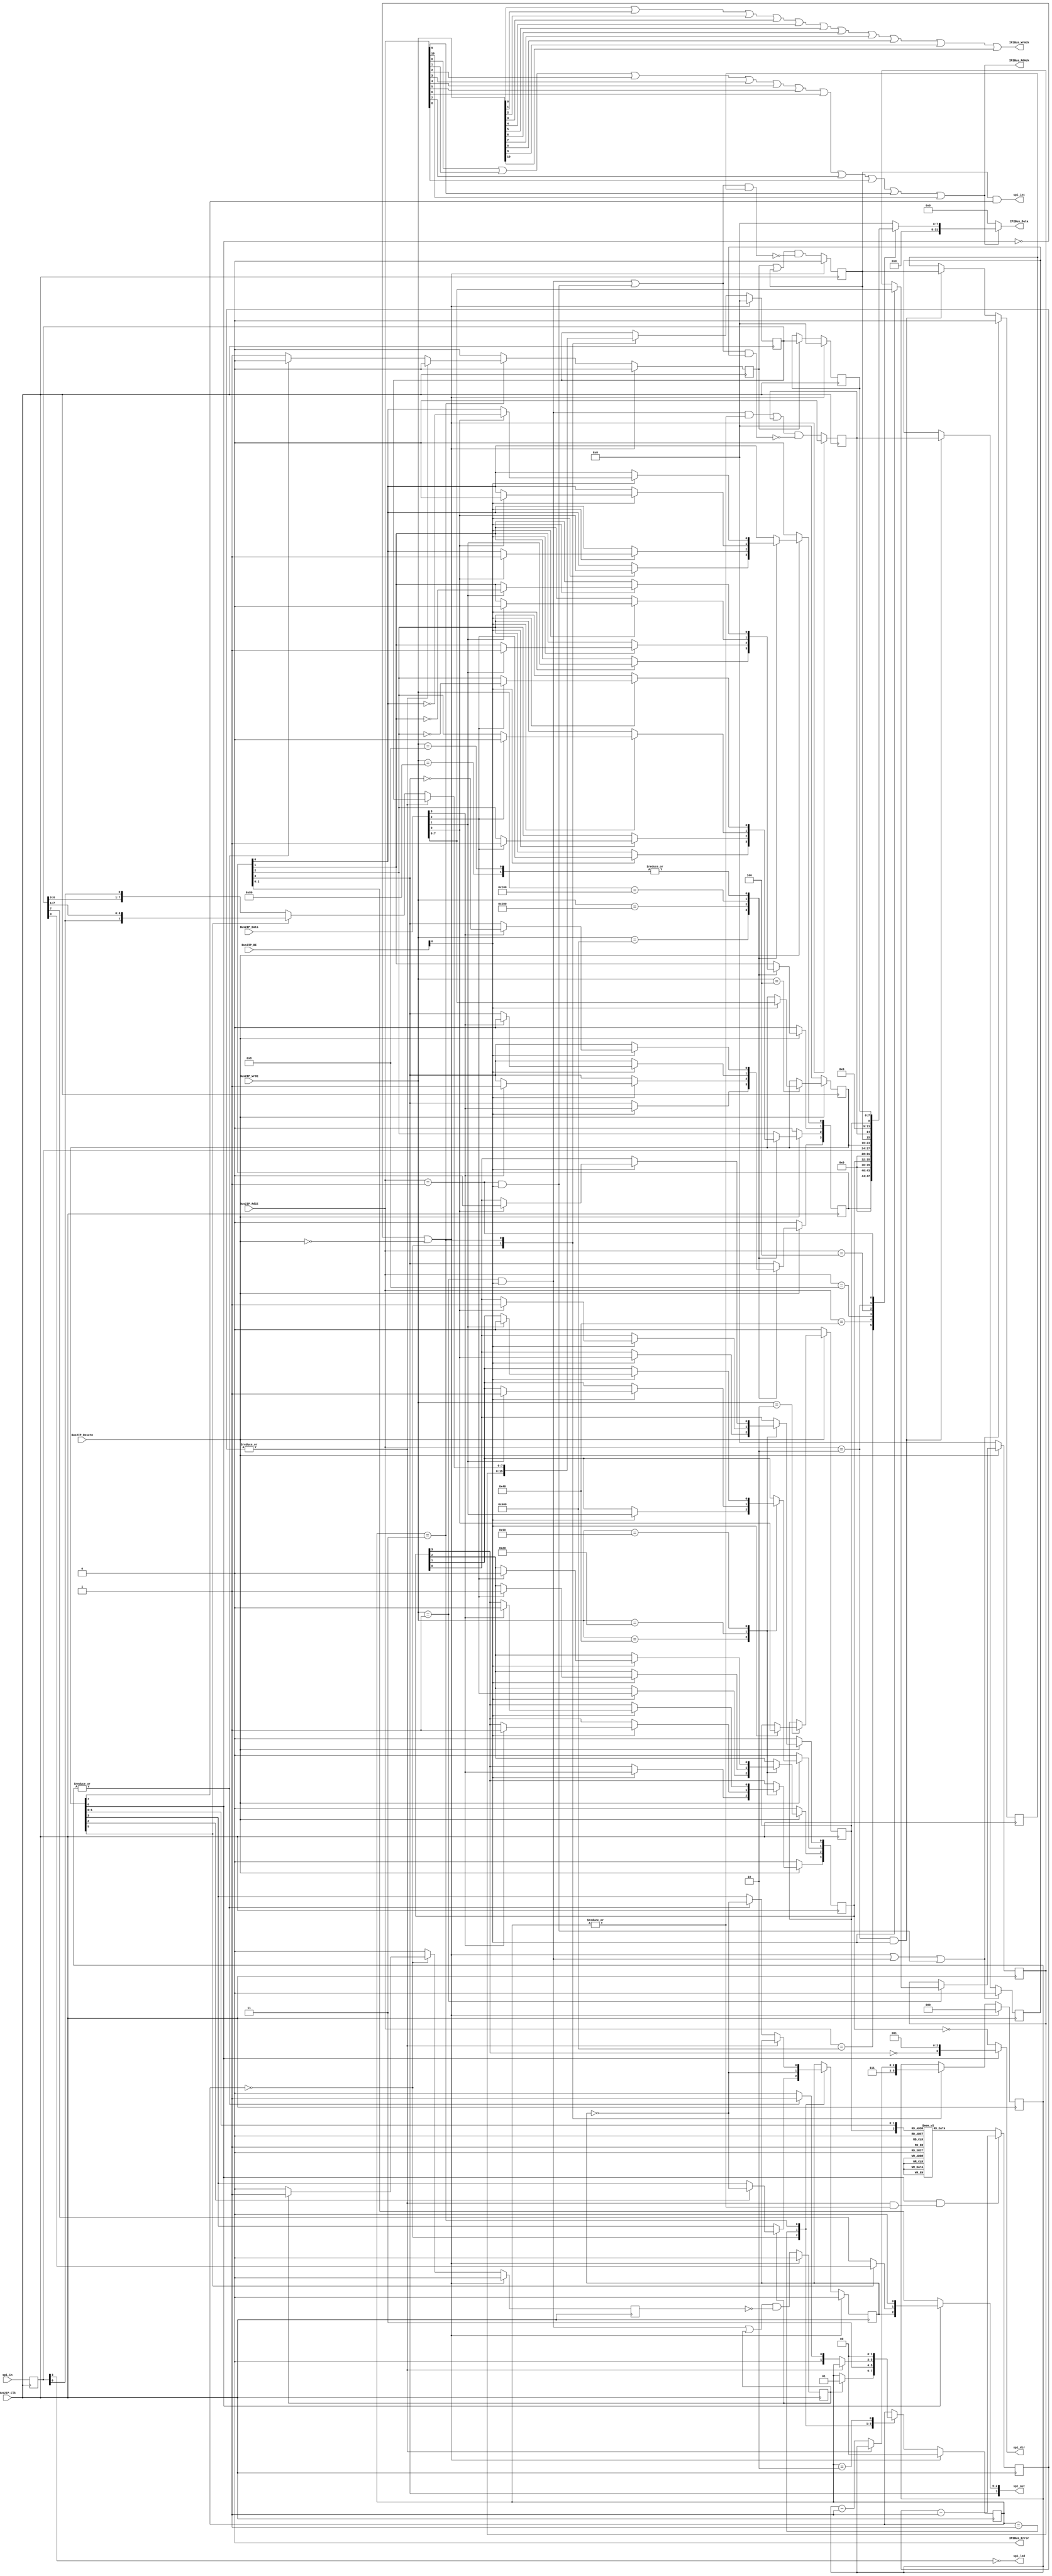
module user_logic
(
  spi_in,
  spi_out,
  spi_dir,
  spi_led,
  spi_int,

  Bus2IP_Clk,
  Bus2IP_Resetn,
  Bus2IP_Data,
  Bus2IP_BE,
  Bus2IP_RdCE,
  Bus2IP_WrCE,
  IP2Bus_Data,
  IP2Bus_RdAck,
  IP2Bus_WrAck,
  IP2Bus_Error

);

parameter C_NUM_REG                      = 11;
parameter C_SLV_DWIDTH                   = 32;

input       [3 : 0]                       spi_in;
output      [3 : 0]                       spi_out;
output      [3 : 0]                       spi_dir;
output                                    spi_led;
output                                    spi_int;

input                                     Bus2IP_Clk;
input                                     Bus2IP_Resetn;
input      [C_SLV_DWIDTH-1 : 0]           Bus2IP_Data;
input      [C_SLV_DWIDTH/8-1 : 0]         Bus2IP_BE;
input      [C_NUM_REG-1 : 0]              Bus2IP_RdCE;
input      [C_NUM_REG-1 : 0]              Bus2IP_WrCE;
output     [C_SLV_DWIDTH-1 : 0]           IP2Bus_Data;
output                                    IP2Bus_RdAck;
output                                    IP2Bus_WrAck;
output                                    IP2Bus_Error;


  wire       [3 : 0]                        spi_in;   // pins
  wire       [3 : 0]                        spi_out;  // port
  wire       [3 : 0]                        spi_dir;  // dir
  wire                                      spi_int;  // interrupt
  wire                                      spi_led;  // LED
  
  reg        [3 : 0]                        spi_in_d;
  reg        [3 : 0]                        port;
  reg        [3 : 0]                        dir;
  reg        [7 : 0]                        spcr;
  reg        [7 : 0]                        sptx;
  reg        [7 : 0]                        sprx;
  wire       [10 : 0]                       slv_reg_write_sel;
  wire       [10 : 0]                       slv_reg_read_sel;
  reg        [C_SLV_DWIDTH-1 : 0]           slv_ip2bus_data;
  wire                                      slv_read_ack;
  wire                                      slv_write_ack;

  reg                                       spi2x;
  reg                                       txflag;
  reg        [7 : 0]                        treg;
  reg        [1 : 0]                        state;
  reg        [2 : 0]                        bcnt;
  reg                                       sck;
  reg                                       wfre, rfwe;
  reg                                       spif, spif_read;
  reg                                       wcol, wcol_read;
  
  integer                                   bit_index;
  
  // Serial Peripheral Control Register
  wire       spie  = spcr[7];   // Interrupt enable bit
  wire       spe   = spcr[6];   // System Enable bit
  wire       dord  = spcr[5];   // Data Order Bit
  wire       mstr  = spcr[4];   // Master Mode Select Bit
  wire       cpol  = spcr[3];   // Clock Polarity Bit
  wire       cpha  = spcr[2];   // Clock Phase Bit
  wire [1:0] spr   = spcr[1:0]; // Clock Rate Select Bits
  
  wire [2:0] espr = {spi2x, spr};
 

  reg [9:0] clkcnt;
  always @(posedge Bus2IP_Clk)
    if(spe & (|clkcnt & |state))
      clkcnt <= clkcnt - 10'h1;
    else
      case (espr)
        3'b000: clkcnt <= 10'd24;  // 4 MHz
        3'b001: clkcnt <= 10'd99;  // 1 MHz
        3'b010: clkcnt <= 10'd399; // 250 KHz
        3'b011: clkcnt <= 10'd799; // 125 KHz
        3'b100: clkcnt <= 10'd9;   // 10 MHz
        3'b101: clkcnt <= 10'd49;  // 2 MHz
        3'b110: clkcnt <= 10'd199; // 500 KHz
        3'b111: clkcnt <= 10'd399; // 250 KHz
      endcase

  wire ena = ~|clkcnt;

  wire wr_spsr = ((slv_reg_write_sel == 11'b00000000010) & (Bus2IP_BE[0] == 1));
  wire rd_spsr = ((slv_reg_read_sel  == 11'b00000000010) & (Bus2IP_BE[0] == 1));
  
  wire wr_sptx = ((slv_reg_write_sel == 11'b00000000001) & (Bus2IP_BE[0] == 1));
  wire rd_sprx = ((slv_reg_read_sel  == 11'b00000000001) & (Bus2IP_BE[0] == 1));
  
  wire wfov = wr_sptx & |state; 


  always @( posedge Bus2IP_Clk )
    begin
      spi_in_d <= spi_in;
    end

  always @(posedge Bus2IP_Clk)
    if (~spe | ~Bus2IP_Resetn | wr_sptx | rd_sprx) begin
      spif_read <= 0;
      wcol_read <= 0;
    end else if (rd_spsr) begin
      spif_read <= spif;
      wcol_read <= wcol;
    end

  always @(posedge Bus2IP_Clk)
    if (~spe | ~Bus2IP_Resetn)
      spif <= 1'b0;
    else
      spif <= (rfwe | spif) & ~((wr_sptx | rd_sprx) & spif_read);


  always @(posedge Bus2IP_Clk)
    if (~spe | ~Bus2IP_Resetn)
      wcol <= 1'b0;
    else
      wcol <= (wfov | wcol) & ~((wr_sptx | rd_sprx) & wcol_read);


  always @(posedge Bus2IP_Clk)
    if (~spe | ~Bus2IP_Resetn)
      txflag <= 1'b0;
    else
      txflag <= (wr_sptx | txflag) & ~wfre;

  always @(posedge Bus2IP_Clk)
    if (~spe | ~Bus2IP_Resetn)
      sprx <= 1'b0;
    else if (rfwe)
      sprx <= treg;

  always @(posedge Bus2IP_Clk)
    if (~spe | ~Bus2IP_Resetn)
      begin
        state <= 2'b00; // idle
        bcnt  <= 3'h0;
        treg  <= 8'h00;
        wfre  <= 1'b0;
        rfwe  <= 1'b0;
        sck   <= 1'b0;
      end
    else
      begin
        wfre <= 1'b0;
        rfwe <= 1'b0;

        case (state)
          2'b00:
            begin
              bcnt  <= 3'h7;
              treg  <= sptx;
              sck   <= cpol;

              if (txflag) begin
                wfre  <= 1'b1;
                state <= 2'b01;
                if (cpha)
                  sck   <= ~sck;
              end
            end

          2'b01:
            begin
              sck     <= ~sck;
              state   <= 2'b11;
            end

          2'b11:
            if (ena) begin
            
              if (dord)
                treg <= {miso, treg[7:1]};
              else
                treg <= {treg[6:0], miso};
              
              bcnt <= bcnt - 3'h1;

              if (~|bcnt) begin
                state <= 2'b00;
                sck   <= cpol;
                rfwe  <= 1'b1;
              end else begin
                state <= 2'b01;
                sck   <= ~sck;
              end
            end

          2'b10: state <= 2'b00;
        endcase
      end

  assign mosi = dord ? treg[0] : treg[7];
  assign miso = spi_in_d[0];
  assign spi_led = ~spi_in_d[3];
  assign spi_int = spif & spie;
  assign spi_out = spe ? {port[3], sck, mosi, 1'b0} : port;
  assign spi_dir = spe ? {~dir[3], 3'b001} : ~dir;

  assign
    slv_reg_write_sel = Bus2IP_WrCE[10:0],
    slv_reg_read_sel  = Bus2IP_RdCE[10:0],
    slv_write_ack     = Bus2IP_WrCE[0] || Bus2IP_WrCE[1] || Bus2IP_WrCE[2] || Bus2IP_WrCE[3] || Bus2IP_WrCE[4] || Bus2IP_WrCE[5] || Bus2IP_WrCE[6] || Bus2IP_WrCE[7] || Bus2IP_WrCE[8] || Bus2IP_WrCE[9] || Bus2IP_WrCE[10],
    slv_read_ack      = Bus2IP_RdCE[0] || Bus2IP_RdCE[1] || Bus2IP_RdCE[2] || Bus2IP_RdCE[3] || Bus2IP_RdCE[4] || Bus2IP_RdCE[5] || Bus2IP_RdCE[6] || Bus2IP_RdCE[7] || Bus2IP_RdCE[8] || Bus2IP_RdCE[9] || Bus2IP_RdCE[10];

  always @( posedge Bus2IP_Clk )
    begin

      if ( Bus2IP_Resetn == 1'b0 )
        begin
          port <= 0;
          dir <= 0;
          spcr <= 0;
          spi2x <= 0;
          sptx <= 0;
        end
      else
        case ( slv_reg_write_sel )
          11'b10000000000 : // port
            if ( Bus2IP_BE[0] == 1 )
              port <= Bus2IP_Data[3:0];
          11'b01000000000 : // port_set
            if ( Bus2IP_BE[0] == 1 )
              for ( bit_index = 0; bit_index <= 3; bit_index = bit_index+1 )
                if ( Bus2IP_Data[bit_index] == 1 )
                  port[bit_index] <= 1'b1;
          11'b00100000000 : // port_clr
            if ( Bus2IP_BE[0] == 1 )
              for ( bit_index = 0; bit_index <= 3; bit_index = bit_index+1 )
                if ( Bus2IP_Data[bit_index] == 1 )
                  port[bit_index] <= 1'b0;
          11'b00010000000 : // port_tgl
            if ( Bus2IP_BE[0] == 1 )
              for ( bit_index = 0; bit_index <= 3; bit_index = bit_index+1 )
                if ( Bus2IP_Data[bit_index] == 1 )
                  port[bit_index] <= ~port[bit_index];
          11'b00001000000 : // dir
            if ( Bus2IP_BE[0] == 1 )
              dir <= Bus2IP_Data[3:0];
          11'b00000100000 : // dir_set
            if ( Bus2IP_BE[0] == 1 )
              for ( bit_index = 0; bit_index <= 3; bit_index = bit_index+1 )
                if ( Bus2IP_Data[bit_index] == 1 )
                  dir[bit_index] <= 1'b1;
          11'b00000010000 : // dir_clr
            if ( Bus2IP_BE[0] == 1 )
              for ( bit_index = 0; bit_index <= 3; bit_index = bit_index+1 )
                if ( Bus2IP_Data[bit_index] == 1 )
                  dir[bit_index] <= 1'b0;
          11'b00000001000 : // pin -> port_tgl
            if ( Bus2IP_BE[0] == 1 )
              for ( bit_index = 0; bit_index <= 3; bit_index = bit_index+1 )
                if ( Bus2IP_Data[bit_index] == 1 )
                  port[bit_index] <= ~port[bit_index];
          11'b00000000100 :
            if ( Bus2IP_BE[0] == 1 )
              spcr <= Bus2IP_Data[7:0];
          11'b00000000010 :
            if ( Bus2IP_BE[0] == 1 )
              spi2x <= Bus2IP_Data[7:0];
          11'b00000000001 :
            if ( Bus2IP_BE[0] == 1 )
              sptx <= Bus2IP_Data[7:0];
          default : begin
            port <= port;
            dir <= dir;
            spcr <= spcr;
            spi2x <= spi2x;
            sptx <= sptx;
          end
        endcase

    end

  always @( slv_reg_read_sel or port or dir or spi_in_d or spcr or spif or wcol or spi2x or sprx )
    begin 

      case ( slv_reg_read_sel )
        11'b10000000000 : slv_ip2bus_data <= port;
        11'b00001000000 : slv_ip2bus_data <= dir;
        11'b00000001000 : slv_ip2bus_data <= spi_in_d;
        11'b00000000100 : slv_ip2bus_data <= spcr;
        11'b00000000010 : slv_ip2bus_data <= {spif, wcol, 5'b0, spi2x};
        11'b00000000001 : slv_ip2bus_data <= sprx;
        default : slv_ip2bus_data <= 0;
      endcase

    end

  assign IP2Bus_Data = (slv_read_ack == 1'b1) ? slv_ip2bus_data :  0 ;
  assign IP2Bus_WrAck = slv_write_ack;
  assign IP2Bus_RdAck = slv_read_ack;
  assign IP2Bus_Error = 0;

endmodule